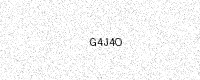
Text: G4J4O